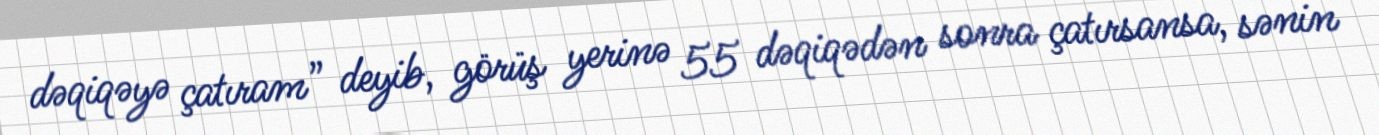
dəqiqəyə çatıram” deyib, görüş yerinə 55 dəqiqədən sonra çatırsansa, sənin